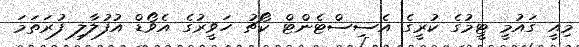
މިއީ ގައުމީ ޓީމުގެ ކުރީގެ އެސިސްޓެންޓް ކޯޗު ހަވީރުގެ އެވޯޑް އުފުލާލި ފުރަތަމަ